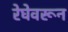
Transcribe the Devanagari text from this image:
रेघेवरून